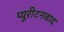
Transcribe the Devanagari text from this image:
प्यूरीटनवाद